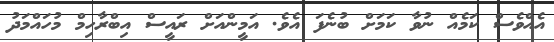
އެއްވެސް ކަމެއް ނުވާ ކަމަށް ބުނެފަ އެވެ. އަމީންއަށް ރައީސް އިބްރާހިމް މުހައްމަދު